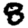
Digit: 8